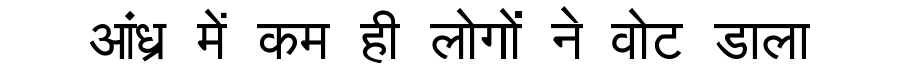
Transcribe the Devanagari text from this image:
आंध्र में कम ही लोगों ने वोट डाला